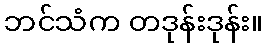
ဘင်သံက တဒုန်းဒုန်း။